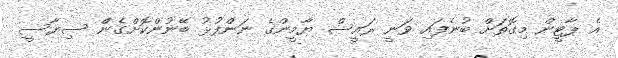
އެ ޕާޓީން މިގޮތަށް ބުނެފައި ވަނީ ރައީސް ޔާމީންގެ ނަންފުޅު ބޭނުންކޮށްގެންް ސިޔާސީ